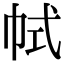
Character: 𢂑